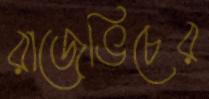
রাজেভিচের